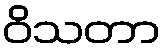
ဝိသတာ